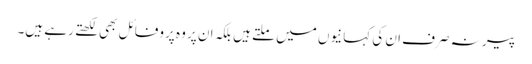
پیر نہ صرف ان کی کہانیوں میں ملتے ہیں بلکہ ان پر وہ پروفائل بھی لکھتے رہے ہیں۔